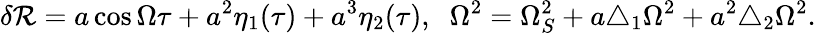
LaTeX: \delta\mathcal{R}=a\cos\Omega\tau+a^{2}\eta_{1}(\tau)+a^{3}\eta_{2}(\tau),\; \; \Omega^{2}=\Omega_{S}^{2}+a\triangle_{1}\Omega^{2}+a^{2}\triangle_{2}\Omega^{2}.